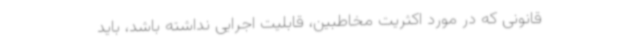
قانونی که در مورد اکثریت مخاطبین، قابلیت اجرایی نداشته باشد، باید